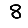
Digit: 8